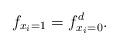
LaTeX: \begin{align*}f_{x_i = 1} = f_{x_i = 0}^d.\end{align*}